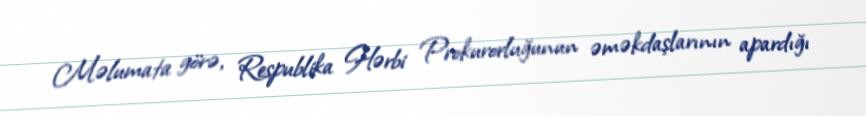
Məlumata görə, Respublika Hərbi Prokurorluğunun əməkdaşlarının apardığı